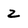
Character: z